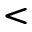
<